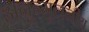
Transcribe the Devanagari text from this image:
अनुन्मूलनीय